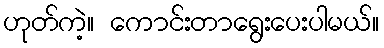
ဟုတ်ကဲ့။ ကောင်းတာရွေးပေးပါမယ်။